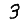
Digit: 3